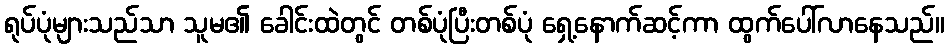
ရုပ်ပုံများသည်သာ သူမ၏ ခေါင်းထဲတွင် တစ်ပုံပြီးတစ်ပုံ ရှေ့နောက်ဆင့်ကာ ထွက်ပေါ်လာနေသည်။